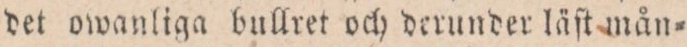
det owanliga bullret och derunder läſt mån=